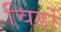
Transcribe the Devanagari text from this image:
चिर्डो